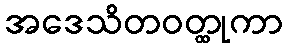
အဒေသိတဝတ္ထုကာ